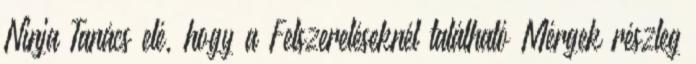
Ninja Tanács elé, hogy a Felszereléseknél található Mérgek részleg